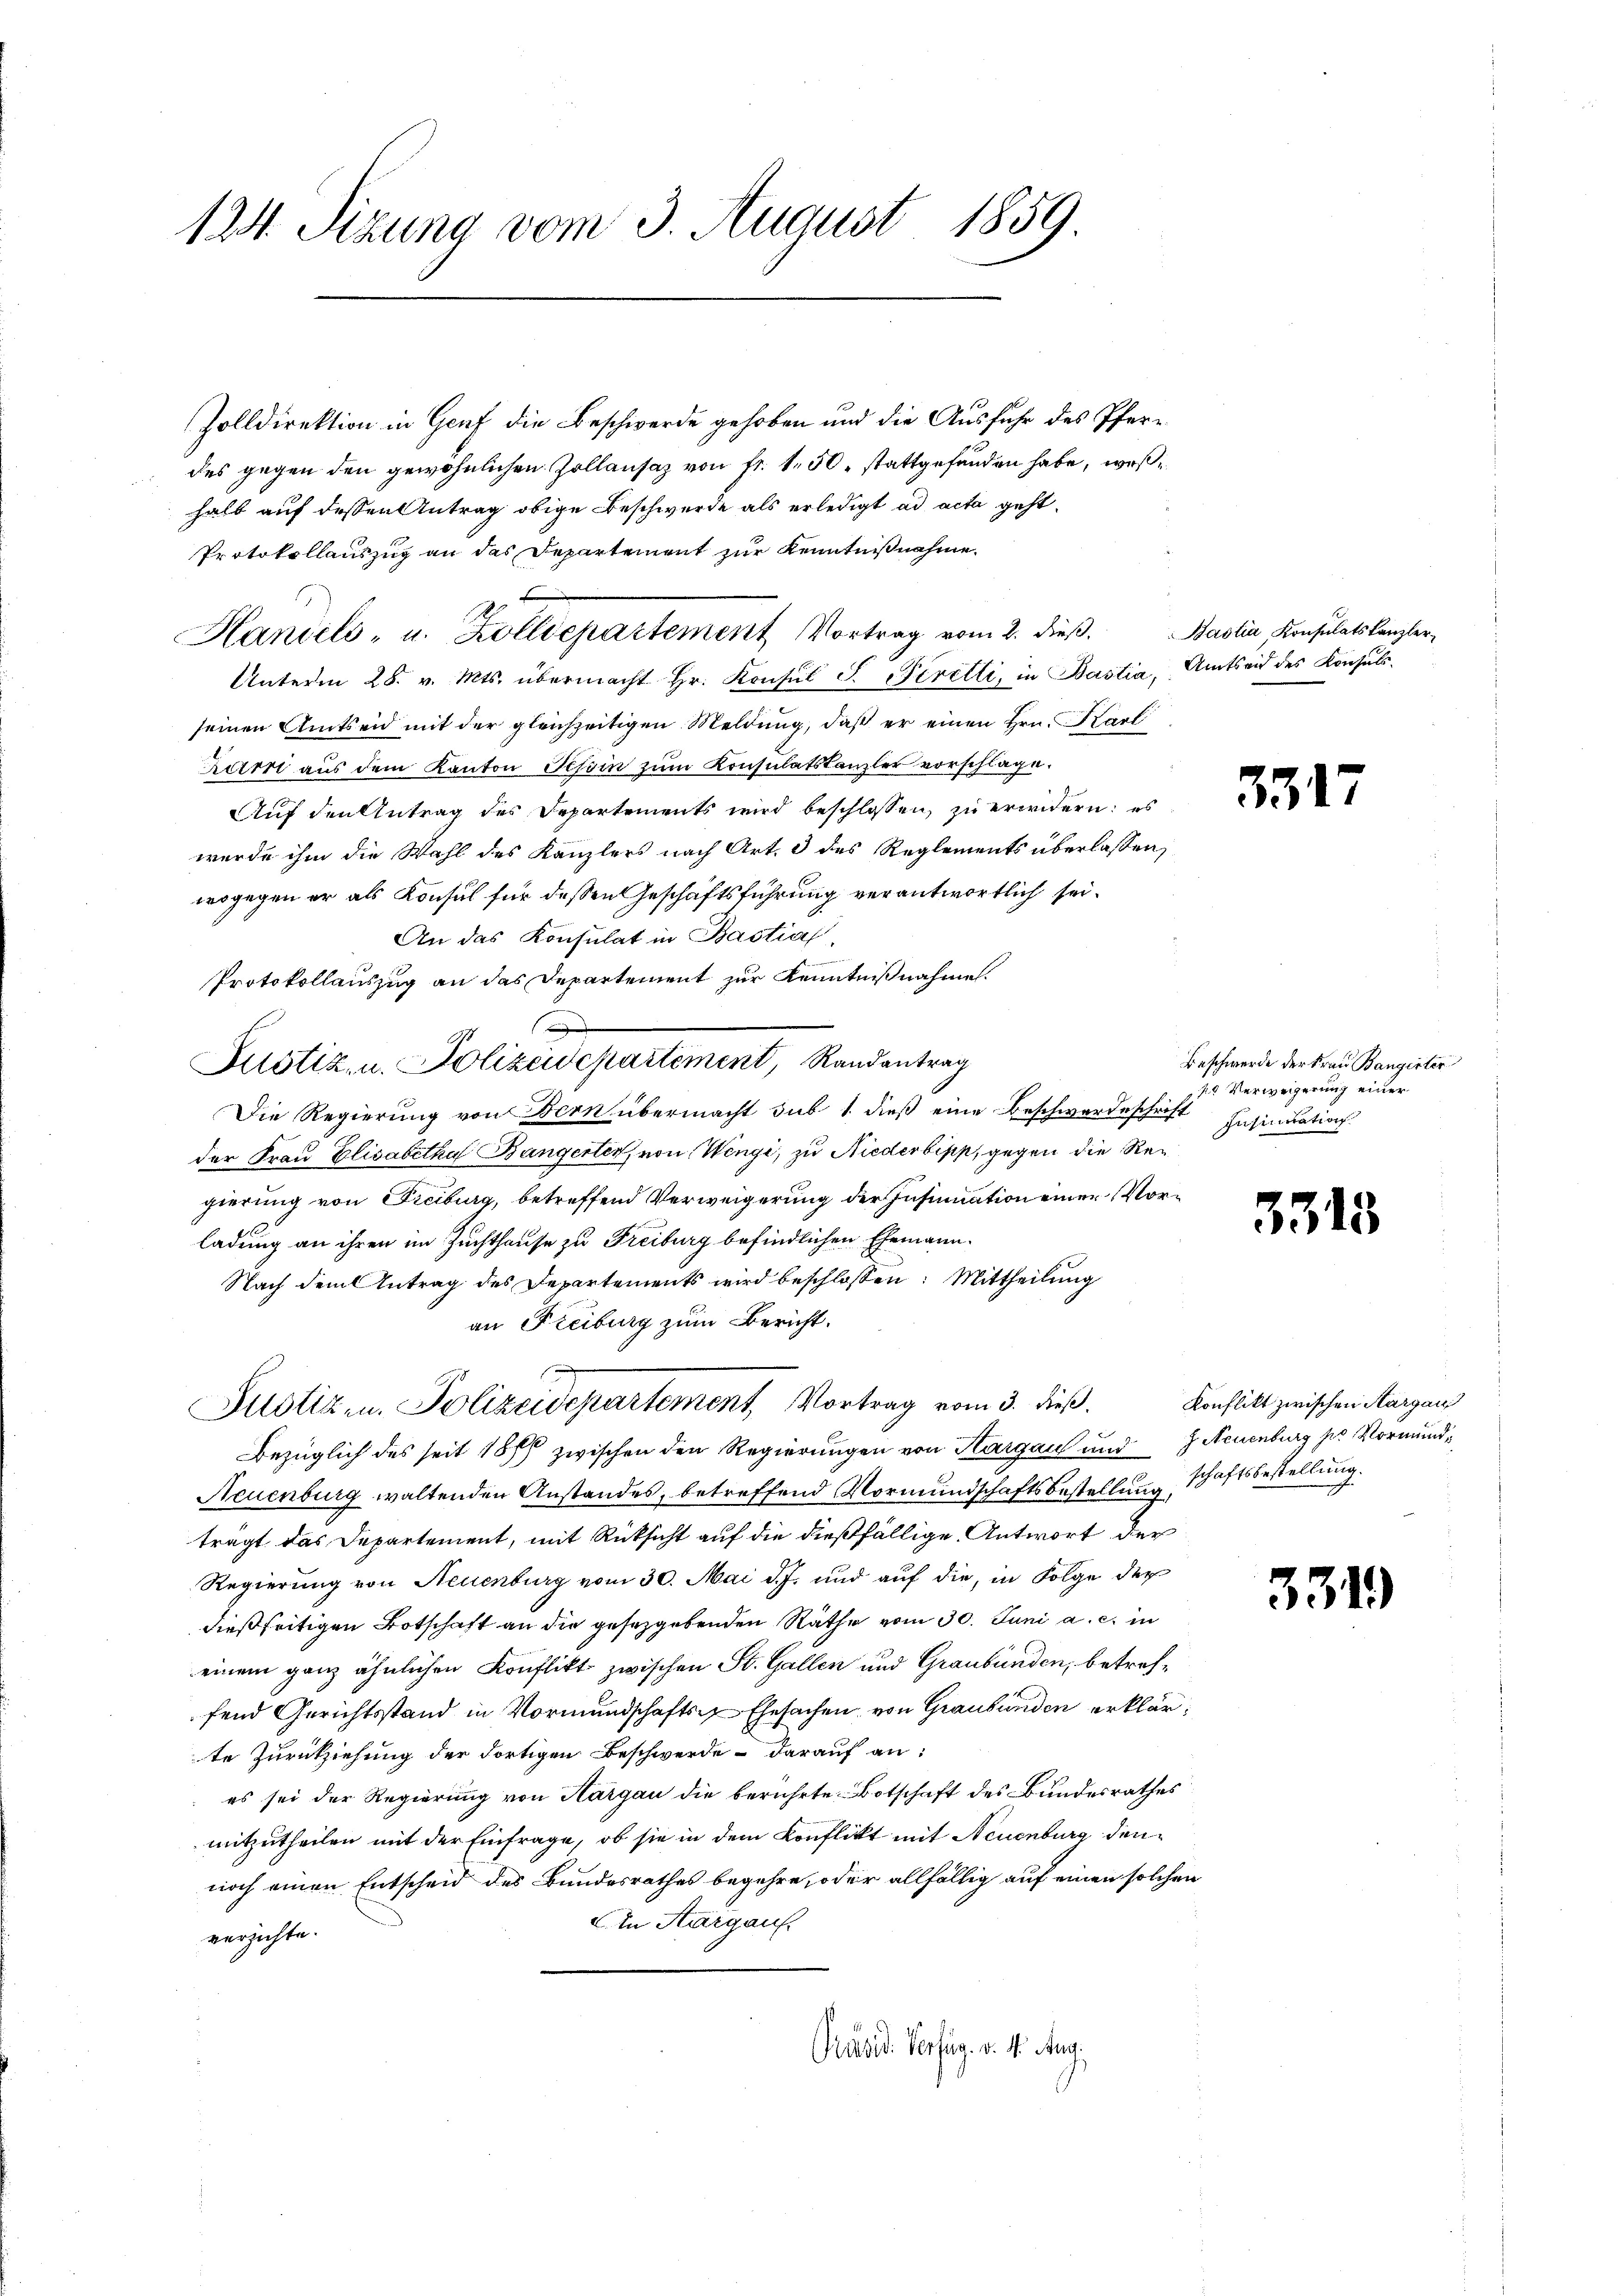
124. Sizung vom 3. August 1859.

Zolldirektion in Genf die Beschwerde gehoben und die Ausfuhr des Pferdes gegen den gewöhnlichen Zollansaz von fr. 1. 50, stattgefunden habe, weßhalb auf dessen Antrag obige Beschwerde als erledigt ad acta geht.
Protokollauszug an das Departement zur Kenntnißnahme.
Unterm 28. v. Mts. übermacht Hr. Konsul S. Perelli, in Bastia, Amtseid des Konsuls.
seinen Amtseid mit der gleichzeitigen Meldung, daß er einen Hrn. Karl
ark aus dem Kanton Tessin zum Konsulatskanzler vorschlage.
Auf den Antrag des Departements wird beschlossen, zu erwidern: es
wurde ihm die Wahl des Kanzlers nach Art. 3 des Reglements überlassen,
wogegen er als Konsul für dessen Geschäftsführung verantwortlich sei.
An das Konsulat in Bastial.
Protokollauszug an das Departement zur Kenntnißnahmen.
Die Regierung von Bern übermacht sub 1. dieß eine Beschwerdeschrift Insinuation
der Frau Elisabetha Bangerter, von Wengi, zu Niederbipp, gegen die Regierung von Freiburg, betreffend Verweigerung der Insinuation einer Vorladung an ihren im Zuchthause zu Freiburg befindlichen Ehemann.
Nach dem Antrag des Departements wird beschlossen: Mittheilung
an Freiburg zum Bericht.
Justiken. Polizeidepartement, Vortrag vom 3. dieß.
Bezüglich des seit 187 zwischen den Regierungen von Kargau und Neuenburg ss Vormund¬
Neuenburg waltenden Anstandes, betreffend Vormundschaftsbestellung schaftsbestellung.
trägt das Departement, mit Rücksicht auf die dießfällige Antwort der
Regierung von Neuenburg vom 30. Mai d. J. und auf die, in Folge der
dießseitigen Botschaft an die gesetzgebenden Räthe vom 30. Juni a. c. in
einem ganz ähnlichen Konflikt zwischen St. Gallen und Graubünden, betreffend Gerichtsstand in Vormundschafts Ehesachen von Graubünden erklärte Zurückziehung der dortigen Beschwerde - darauf an:
es sei der Regierung von Hargau die berührte Botschaft des Bundesrathes
mitzutheilen mit der Einfrage, ob sie in dem Konflikt mit Neuenburg dennoch einen Entscheid des Bundesrathes begehre, oder allfällig auf einen solchen
An Aargau.
verzichte.
Präsid. Verfüg. v. 4. Aug.

Handels- u. Zolldepartement Vortrag vom 2. dieβ. Bastia Konsulatskanzler

e
Justiz, u. Polizeidepartement, Randantrag

3317

Beschwerde der Frau Bangirter
1 Verweierung einer

3313

3319

Konflikt zwischen Aargau